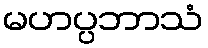
မဟပ္ပဘာသံ